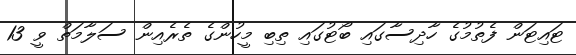
ޓައިޓަން ފެތުމުގެ ހާދިސާގައި ބޯޓުގައި ތިބި މީހުންގެ ތެރެއިން ސަލާމަތް ވީ 13